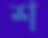
শ